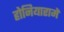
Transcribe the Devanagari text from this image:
होनियारामें